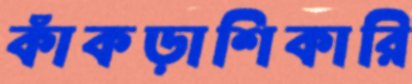
কাঁকড়াশিকারি